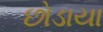
છોડાયા